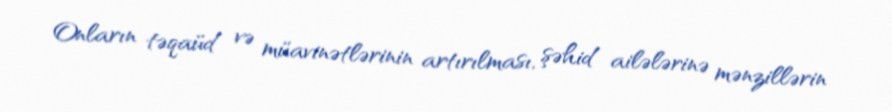
Onların təqaüd və müavinətlərinin artırılması, şəhid ailələrinə mənzillərin